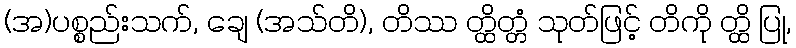
(အ)ပစ္စည်းသက်, ချေ (အသ်တိ), တိဿ တ္ထိတ္တံ သုတ်ဖြင့် တိကို တ္ထိ ပြု,